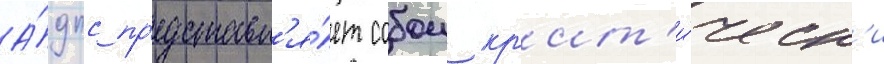
А́дпс пр'едставл'я́ет собои кр'ит'и́ческ'и